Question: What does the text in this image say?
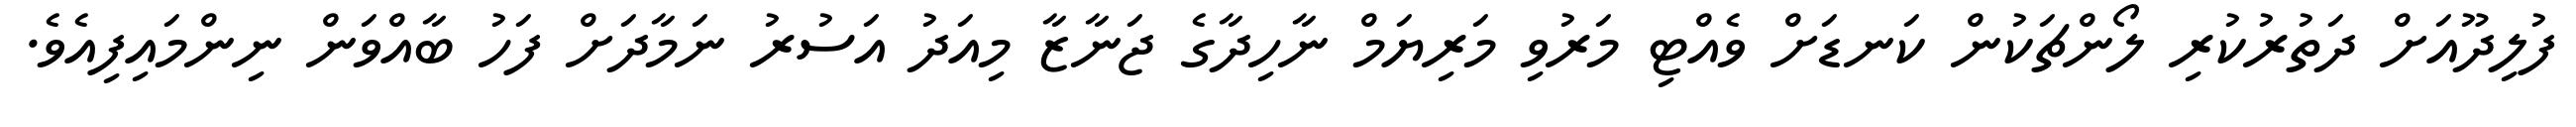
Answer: ފުލިދޫއަށް ދަތުރުކުރި ލޯންޗަކުން ކަނޑަށް ވެއްޓި މަރުވި މަރިޔަމް ނާހިދާގެ ޖަނާޒާ މިއަދު އަސުރު ނަމާދަށް ފަހު ބާއްވަން ނިންމައިފިއެވެ.